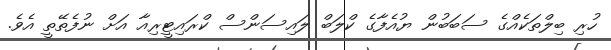
ހުރި ބިލްތަކެއްގެ ސަބަބުން ޔުއެފާގެ ކްލަބް ލައިސަންސް ކްރައިޓީރިއާ އަށް ނުފެތޭތީ އެވެ.